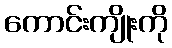
ကောင်းကျိုးကို